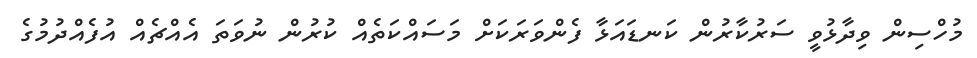
މުހްސިން ވިދާޅުވީ ސަރުކާރުން ކަނޑައަޅާ ފެންވަރަކަށް މަސައްކަތެއް ކުރުން ނުވަތަ އެއްޗެއް އުފެއްދުމުގެ